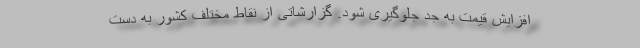
افزایش قیمت به جد جلوگیری شود. گزارشاتی از نقاط مختلف کشور به دست